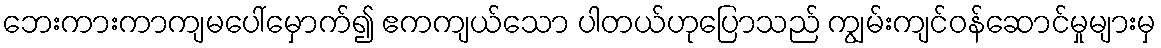
ဘေးကားကာကျမပေါ်မှောက်၍ ဧကကျယ်သော ပါတယ်ဟုပြောသည် ကျွမ်းကျင်ဝန်ဆောင်မှုများမှ